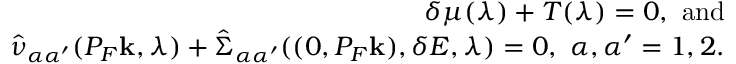
\begin{array} { r l r } & { } & { \delta \mu ( \lambda ) + T ( \lambda ) = 0 , \ \mathrm { a n d } } \\ & { } & { \hat { \nu } _ { \alpha \alpha ^ { \prime } } ( P _ { F } { \bf k } , \lambda ) + \hat { \Sigma } _ { \alpha \alpha ^ { \prime } } ( ( 0 , P _ { F } { \bf k } ) , \delta E , \lambda ) = 0 , \ \alpha , \alpha ^ { \prime } = 1 , 2 . } \end{array}